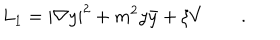
LaTeX: L _ { 1 } = | \nabla y | ^ { 2 } + m ^ { 2 } y \bar { y } + \xi V \qquad .